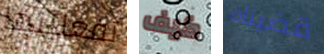
تفعلينها كيف قضيناه